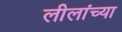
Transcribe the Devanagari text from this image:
लीलांच्या